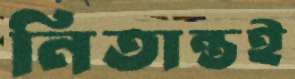
নিতান্তই